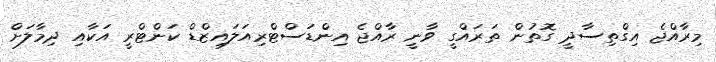
މިރާއްޖެ އިގްތިސާދީ ގޮތުން ތަރަައްގީ ވާނީ ރާއްޖެ އިންޑަސްޓްރިއަލައިޒްޑް ކަންޓްރީ އަކާއި ދިމާލަށް